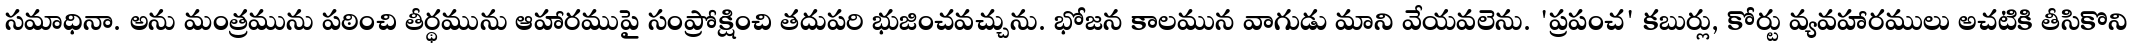
సమాధినా. అను మంత్రమును పఠించి తీర్థమును ఆహారముపై సంప్రోక్షించి తదుపరి భుజించవచ్చును. భోజన కాలమున వాగుడు మాని వేయవలెను. 'ప్రపంచ' కబుర్లు, కోర్టు వ్యవహారములు అచటికి తీసికొని